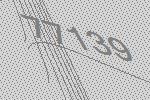
77139